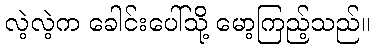
လဲ့လဲ့က ခေါင်းပေါ်သို့ မော့ကြည့်သည်။